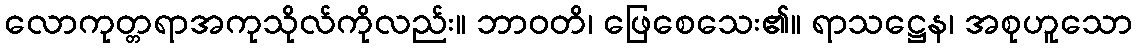
လောကုတ္တရာအကုသိုလ်ကိုလည်း။ ဘာဝတိ၊ ဖြေစေသေး၏။ ရာသဋ္ဌေန၊ အစုဟူသော